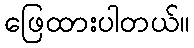
ဖြေထားပါတယ်။